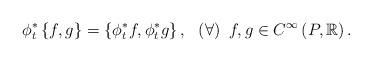
LaTeX: \begin{align*}\phi _{t}^{\ast }\left\{ f,g\right\} =\left\{ \phi _{t}^{\ast }f,\phi_{t}^{\ast }g\right\} ,\ \ \left( \forall \right) \ f,g\in C^{\infty }\left(P,\mathbb{R}\right) . \end{align*}